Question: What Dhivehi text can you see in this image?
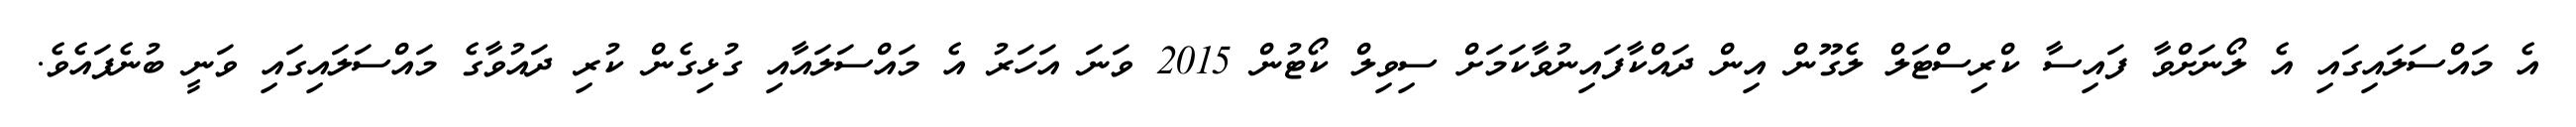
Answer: އެ މައްސަލައިގައި އެ ލޯނަށްވާ ފައިސާ ކްރިސްޓަލް ލެގޫން އިން ދައްކާފައިނުވާކަމަށް ސިވިލް ކޯޓުން 2015 ވަނަ އަހަރު އެ މައްސަލައާއި ގުޅިގެން ކުރި ދައުވާގެ މައްސަލައިގައި ވަނީ ބުނެފައެވެ.